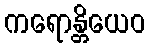
ကရောန္တိယေဝ